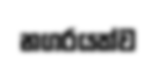
නගරයක්ව